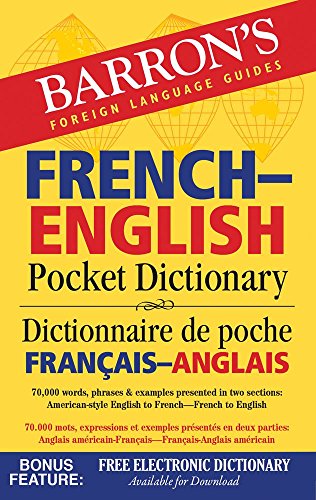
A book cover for Barron's French-English Pocket Dictionary: 70,000 words, phrases & examples presented in two sections: American style English to French -- French to English (Barron's Pocket Bilingual Dictionaries); Travel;